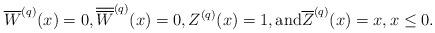
LaTeX: \begin{align*}\overline{W}^{(q)}(x) = 0,\overline{\overline{W}}^{(q)}(x) = 0,Z^{(q)}(x) = 1,\textrm{and} \overline{Z}^{(q)}(x) = x, x \leq 0. \end{align*}